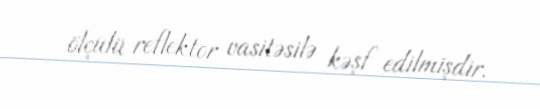
ölçülü reflektor vasitəsilə kəşf edilmişdir.